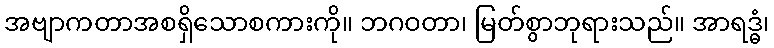
အဗျာကတာအစရှိသောစကားကို။ ဘဂဝတာ၊ မြတ်စွာဘုရားသည်။ အာရဒ္ဓံ၊